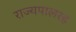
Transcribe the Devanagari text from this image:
राज्यपालरह